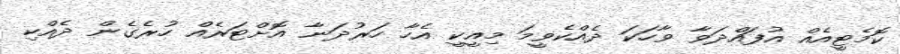
ކޮމެޓީއެއް އުފައްދަވާ ވާހަކަ ދެއްކެވީމަ މިއީކީ އެހާ ހަރުދަނާ އޮށްޓަރެއް ހުރެގެން ދެއްކި